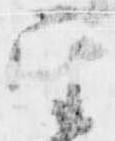
亜